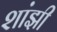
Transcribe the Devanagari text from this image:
शांझी